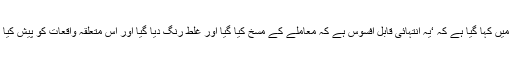
بیان میں کہا گیا ہے کہ ‘یہ انتہائی قابل افسوس ہے کہ معاملے کے مسخ کیا گیا اور غلط رنگ دیا گیا اور اس متعلقہ واقعات کو پیش کیا گیا’۔